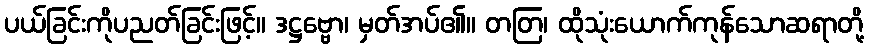
ပယ်ခြင်းကိုပညတ်ခြင်းဖြင့်။ ဒဋ္ဌဗ္ဗော၊ မှတ်အပ်၏။ တတြ၊ ထိုသုံးယောက်ကုန်သောဆရာတို့